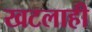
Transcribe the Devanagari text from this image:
खटलाही